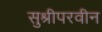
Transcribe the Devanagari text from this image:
सुश्रीपरवीन